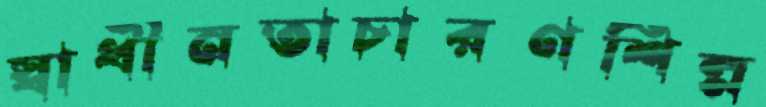
স্বাধীনতাচারণশিল্প